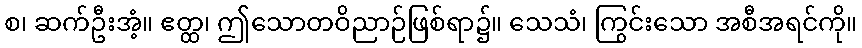
စ၊ ဆက်ဦးအံ့။ ဧတ္ထ၊ ဤသောတဝိညာဉ်ဖြစ်ရာ၌။ သေသံ၊ ကြွင်းသော အစီအရင်ကို။